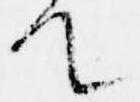
て